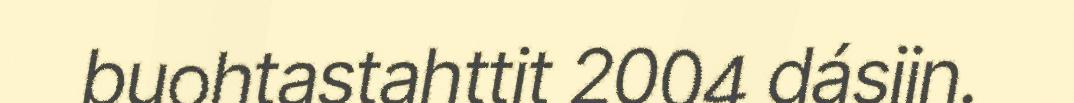
buohtastahttit 2004 dásiin.